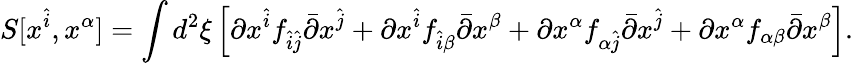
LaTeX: S[x^{\hat{i}},x^{\alpha}]=\int d^{2}\xi\left[\partial x^{\hat{i}}f_{\hat{i}\hat{j}}\bar{\partial}x^{\hat{j}}+\partial x^{\hat{i}}f_{\hat{i}\beta}\bar{\partial}x^{\beta}+\partial x^{\alpha}f_{\alpha\hat{j}}\bar{\partial}x^{\hat{j}}+\partial x^{\alpha}f_{\alpha\beta}\bar{\partial}x^{\beta}\right].